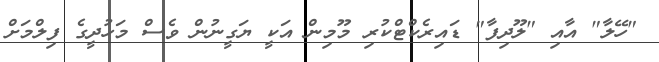
"ހޭލާ" އާއި "ލޫދިފާ" ޑައިރެކްޓްކުރި މޫމިން އަކީ ޔަގީނުން ވެސް މަހުދީގެ ފިލްމަށް